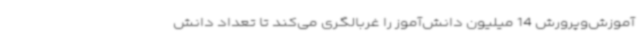
آموزش‌وپرورش 14 میلیون دانش‌آموز را غربالگری می‌کند تا تعداد دانش